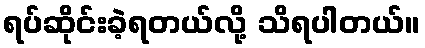
ရပ်ဆိုင်းခဲ့ရတယ်လို့ သိရပါတယ်။